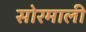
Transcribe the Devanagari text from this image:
सोरमाली